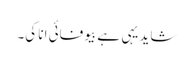
شاید یہی ہے بیوفائی انا کی۔